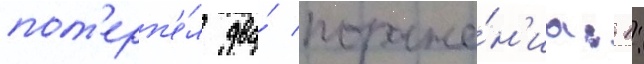
пот'ерп'е́л два́ пораже́н'иа: 1: